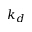
k _ { d }